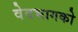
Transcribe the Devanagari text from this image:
वेदभागको